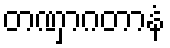
တဏှာဂတာနံ